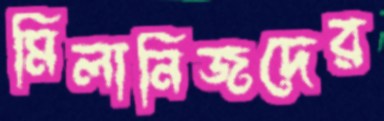
মিলানিজদের